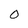
Character: 0